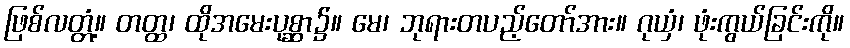
ဖြစ်လတ္တံ့။ တတ္ထ၊ ထိုအမေးပုစ္ဆာ၌။ မေ၊ ဘုရားတပည့်တော်အား။ ဂုယှံ၊ ဖုံးကွယ်ခြင်းကို။